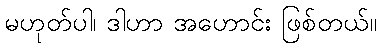
မဟုတ်ပါ၊ ဒါဟာ အဟောင်း ဖြစ်တယ်။